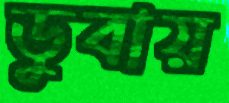
ডুবায়